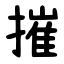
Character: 摧